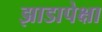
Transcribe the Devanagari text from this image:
झाडापेक्षा